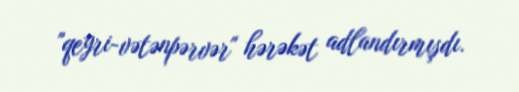
"qeyri-vətənpərvər" hərəkət adlandırmışdı.